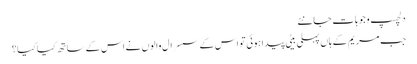
دلچسپ وجوہات جانئے
جب مریم کے ہاں پہلی بیٹی پیدا ہوئی تو اس کے سسرال والوں نے اس کے ساتھ کیا کیا؟